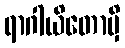
ရာဂါယိတောမှိ